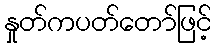
နှုတ်ကပတ်တော်ဖြင့်